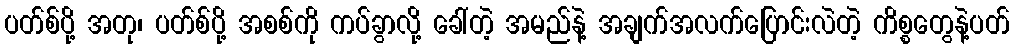
ပတ်စ်ပို့ အတု၊ ပတ်စ်ပို့ အစစ်ကို ကပ်ခွာလို့ ခေါ်တဲ့ အမည်နဲ့ အချက်အလက်ပြောင်းလဲတဲ့ ကိစ္စတွေနဲ့ပတ်